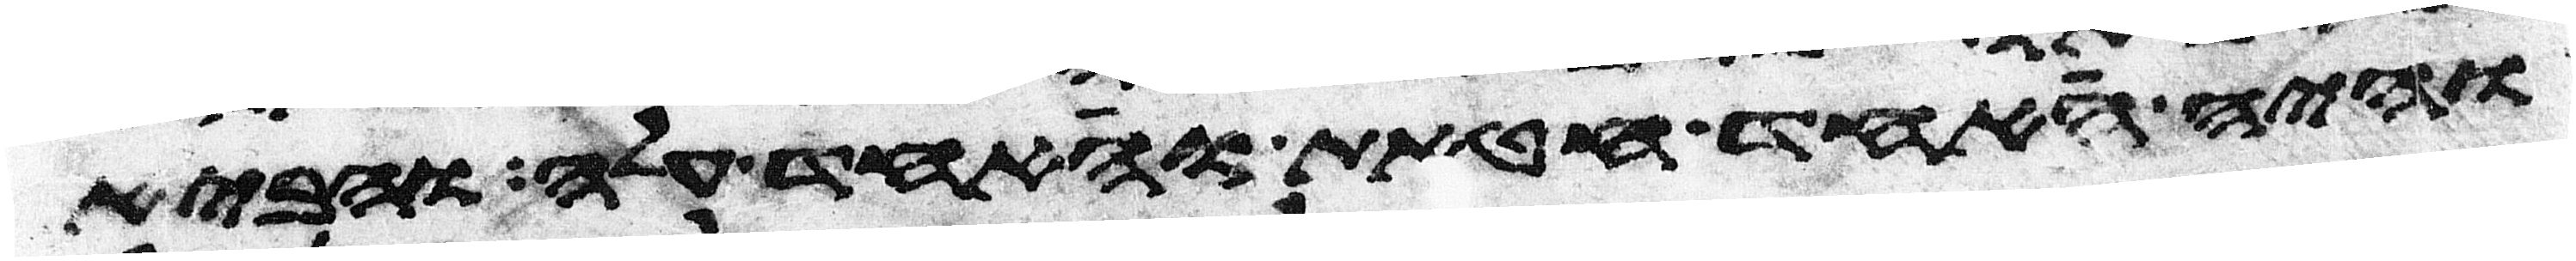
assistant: והיה אחד חטאת ואחד עלה והביא